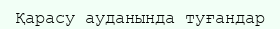
Қарасу ауданында туғандар